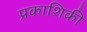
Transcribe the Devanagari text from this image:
प्रकाशिकी